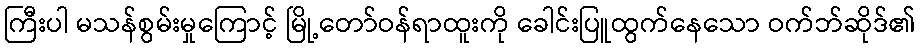
ကြီးပါ မသန်စွမ်းမှုကြောင့် မြို့တော်ဝန်ရာထူးကို ခေါင်းပြူထွက်နေသော ဝက်ဘ်ဆိုဒ်၏